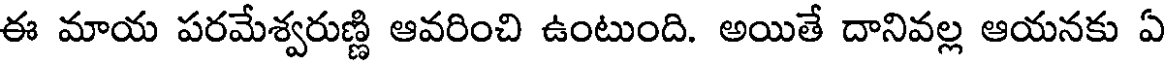
ఈ మాయ పరమేశ్వరుణ్ణి ఆవరించి ఉంటుంది. అయితే దానివల్ల ఆయనకు ఏ